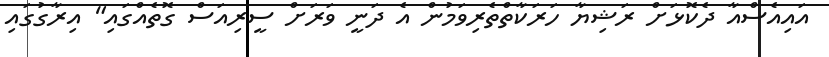
އައިއެސްއާ ދެކޮޅަށް ރަޝިޔާ ހަރަކާތްތެރިވަމުން އެ ދަނީ ވަރަށް ސީރިއަސް ގޮތެއްގައި" އިރާގުގައި